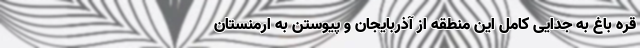
قره باغ به جدایی کامل این منطقه از آذربایجان و پیوستن به ارمنستان